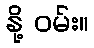
နို့ ဝမ်း။